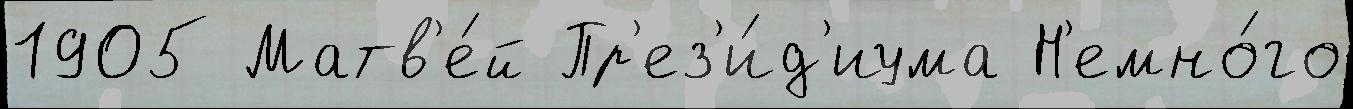
1905 Матв'е́й Пр'ез'и́д'иума Н'емно́го